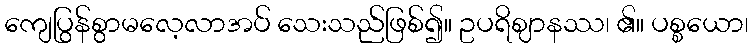
ကျေပြွန်စွာမလေ့လာအပ် သေးသည်ဖြစ်၍။ ဥပရိဈာနဿ၊ ၏။ ပစ္စယော၊